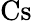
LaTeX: \textrm{Cs}